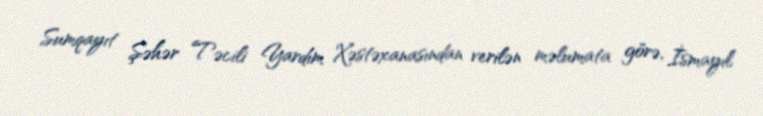
Sumqayıt Şəhər Təcili Yardım Xəstəxanasından verilən məlumata görə, İsmayıl